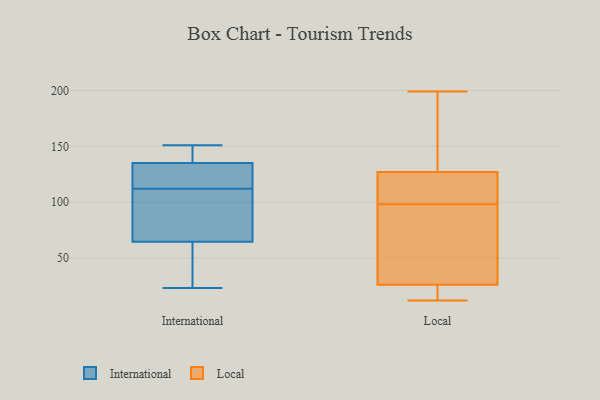
{"axis": {"x": "Inventory Turnover", "y": "Value"}, "legend": ["International", "Local"], "data": [{"x": "", "y": 42, "type": "International"}, {"x": "", "y": 151, "type": "International"}, {"x": "", "y": 123, "type": "International"}, {"x": "", "y": 23, "type": "International"}, {"x": "", "y": 143, "type": "International"}, {"x": "", "y": 49, "type": "International"}, {"x": "", "y": 94, "type": "International"}, {"x": "", "y": 133, "type": "International"}, {"x": "", "y": 137, "type": "International"}, {"x": "", "y": 129, "type": "International"}, {"x": "", "y": 148, "type": "International"}, {"x": "", "y": 73, "type": "International"}, {"x": "", "y": 56, "type": "International"}, {"x": "", "y": 101, "type": "International"}, {"x": "", "y": 94, "type": "International"}, {"x": "", "y": 124, "type": "International"}, {"x": "", "y": 98, "type": "Local"}, {"x": "", "y": 21, "type": "Local"}, {"x": "", "y": 157, "type": "Local"}, {"x": "", "y": 73, "type": "Local"}, {"x": "", "y": 17, "type": "Local"}, {"x": "", "y": 12, "type": "Local"}, {"x": "", "y": 199, "type": "Local"}, {"x": "", "y": 107, "type": "Local"}, {"x": "", "y": 100, "type": "Local"}, {"x": "", "y": 22, "type": "Local"}, {"x": "", "y": 132, "type": "Local"}, {"x": "", "y": 38, "type": "Local"}, {"x": "", "y": 48, "type": "Local"}, {"x": "", "y": 112, "type": "Local"}, {"x": "", "y": 178, "type": "Local"}]}